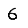
Digit: 6